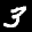
Label: 3